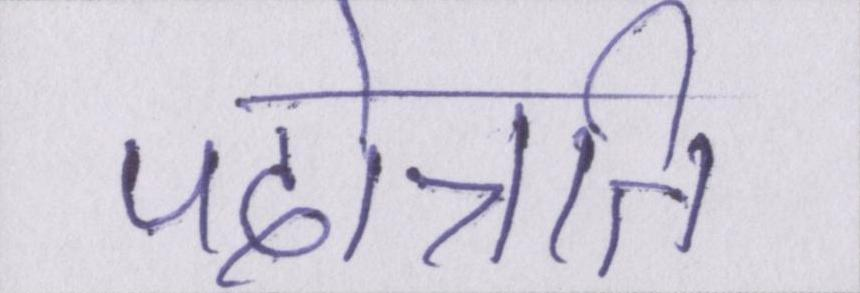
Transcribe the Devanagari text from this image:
पदोन्नति